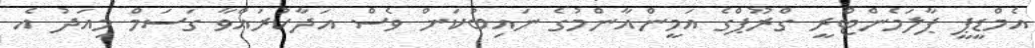
އެމްޑީޕީ ޕާލަމެންޓްރީ ގްރޫޕްގެ އަމީންއާންމުގެ ނައިބުކަން ވެސް އަދާކުރައްވާ ގަސަމް މިއަދު އެ